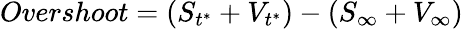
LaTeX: \begin{array}{r}{Overshoot=(S_{t^{*}}+V_{t^{*}})-(S_{\infty}+V_{\infty})}\end{array}